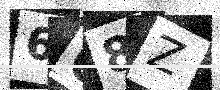
Text: 668Z